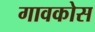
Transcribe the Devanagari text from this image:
गावकोस